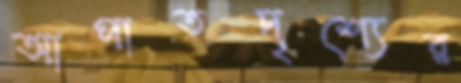
আপাতদৃশ্যের